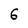
Character: 6